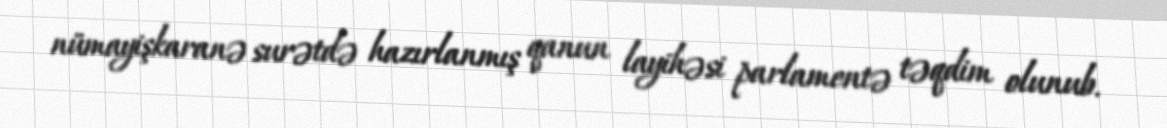
nümayişkaranə surətdə hazırlanmış qanun layihəsi parlamentə təqdim olunub.